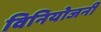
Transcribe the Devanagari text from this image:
विनियोजनी